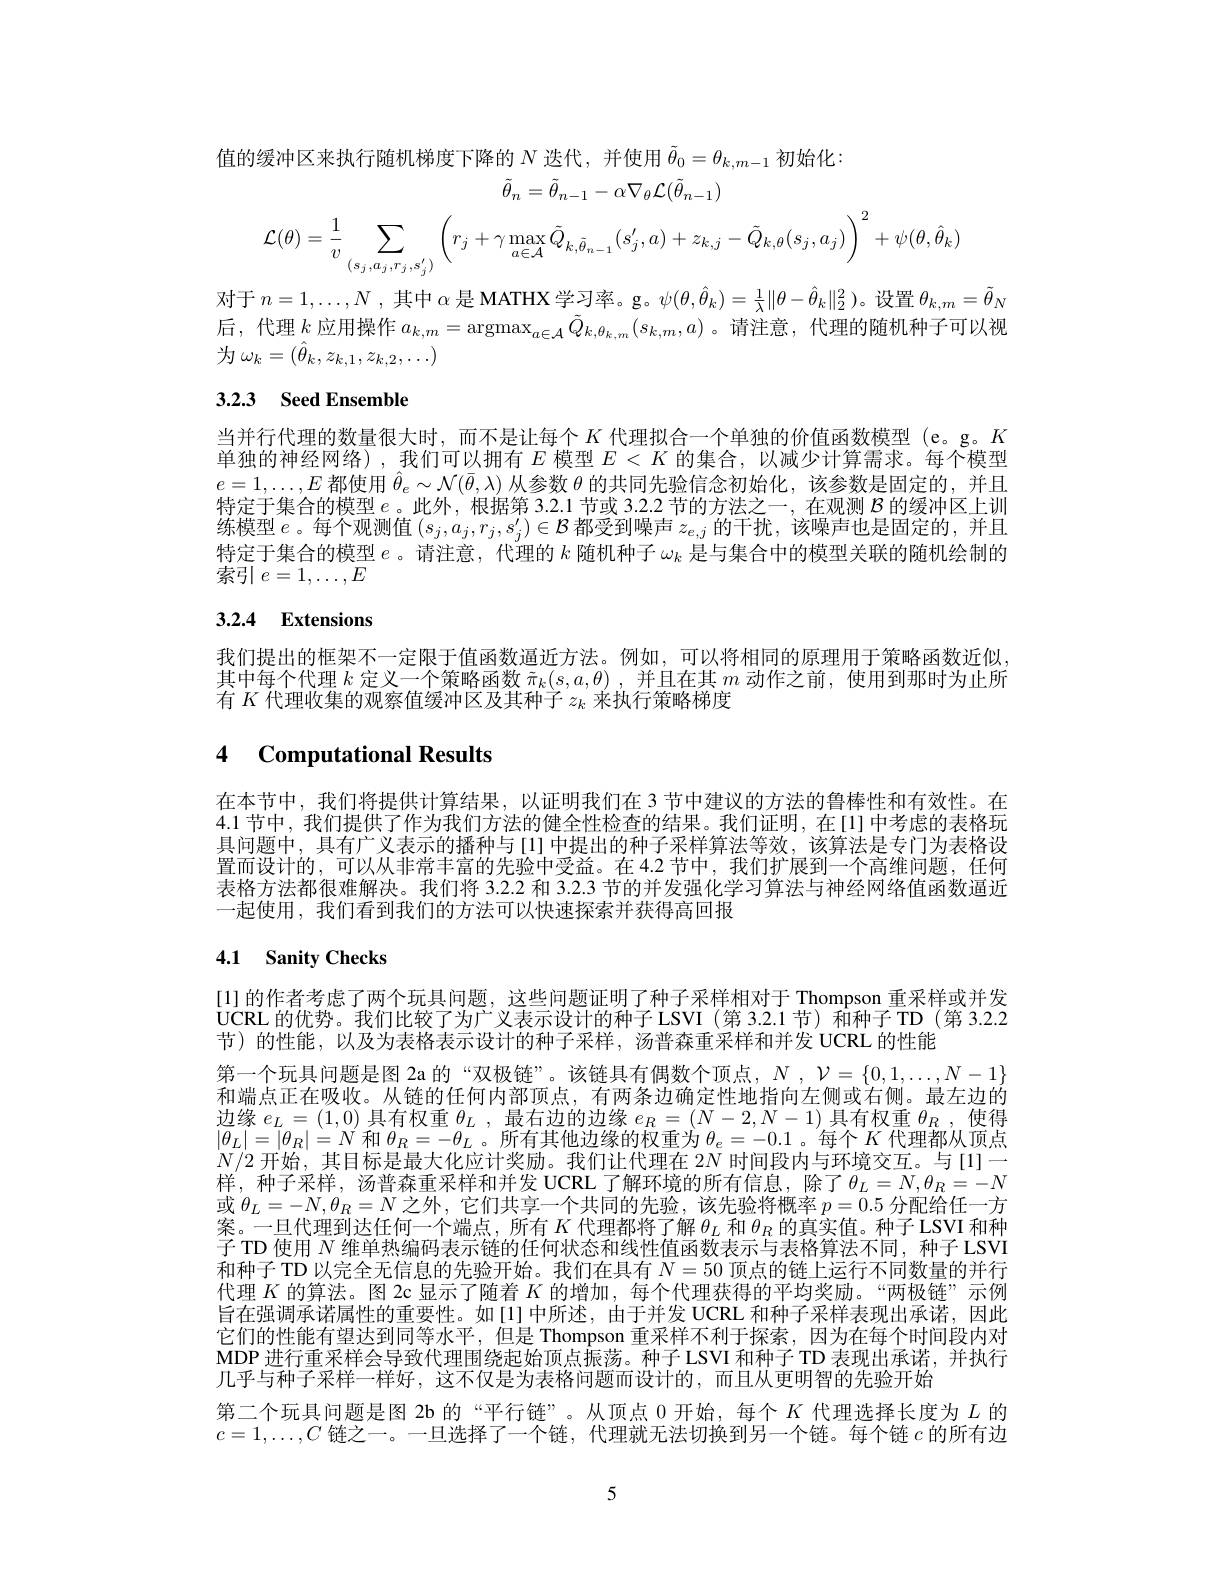
值的缓冲区来执行随机梯度下降的$N$迭代，并使用$\tilde{\theta}_0=\theta_{k,m-1}$初始化
$\tilde{\theta}_n=\tilde{\theta}_{n-1}-\alpha\nabla_\theta{\mathcal L}(\tilde{\theta}_{n-1})$
$$\mathcal{L}(\theta)=\frac{1}{v}\sum_{(s_{j},a_{j},r_{j},s_{j}^{\prime})}\left(r_{j}+\gamma\max_{a\in\mathcal{A}}\tilde{Q}_{k,\tilde{\theta}_{n-1}}(s_{j}^{\prime},a)+z_{k,j}-\tilde{Q}_{k,\theta}(s_{j},a_{j})\right)^{2}+\psi(\theta,\hat{\theta}_{k})$$
对于$n=1,\ldots,N$ ,其中$\alpha$是 MATHX 学习率。g。$\psi(\theta,\hat{\theta}_k)=\frac1\lambda\|\theta-\hat{\theta}_k\|_2^2$)。设置$\theta_k,m=\tilde{\theta}_N$ 后，代理$k$应用操作$a_{k,m}=\operatorname{argmax}_{a\in\mathcal{A}}\tilde{Q}_{k,\theta_{k,m}}(s_{k,m},a)$ 。请注意，代理的随机种子可以视为$\omega_k=(\hat{\theta}_k,z_{k,1},z_{k,2},\ldots)$

# 3.2.3 Seed Ensemble

当并行代理的数量很大时，而不是让每个$K$代理拟合一个单独的价值函数模型 (e。g。$K$ 单独的神经网络),我们可以拥有$E$模型$E<K$的集合，以减少计算需求。每个模型$e=1,\ldots,E$都使用$\hat{\theta}_e\sim\mathcal{N}(\bar{\theta},\lambda)$从参数$\theta$的共同先验信念初始化，该参数是固定的，并且特定于集合的模型$e$ 。此外，根据第 3.2.1 节或 3.2.2 节的方法之一 ,在观测$\mathcal{B}$的缓冲区上训练模型$e$。每个观测值$(s_j,a_j,r_j,s_j^{\prime})\in\mathcal{B}$都受到噪声$z_e,j$的干扰，该噪声也是固定的，并且特定于集合的模型$e$ 。请注意，代理的$k$随机种子$\omega_k$是与集合中的模型关联的随机绘制的索引$e=1,\ldots,E$

# 3.2.4 Extensions

我们提出的框架不一定限于值函数逼近方法。例如，可以将相同的原理用于策略函数近似其中每个代理$k$定义一个策略函数$\tilde{\pi}_k(s,a,\theta)$ ,并且在其$m$动作之前，使用到那时为止所有$K$代理收集的观察值缓冲区及其种子$z_k$来执行策略梯度

## 4 Computational Results

在本节中，我们将提供计算结果，以证明我们在 3 节中建议的方法的鲁棒性和有效性。在4.1 节中，我们提供了作为我们方法的健全性检查的结果。我们证明，在[1]中考虑的表格玩具问题中，具有广义表示的播种与[1] 中提出的种子采样算法等效，该算法是专门为表格设置而设计的，可以从非常丰富的先验中受益。在 4.2 节中，我们扩展到一个高维问题，任何表格方法都很难解决。我们将 3.2.2 和 3.2.3 节的并发强化学习算法与神经网络值函数逼近一起便用，我们看到我们的方法可以快速探索并获得高回报

## 4.1 Sanity Checks

[1]的作者考虑了两个玩具问题，这些问题证明了种子采样相对于 Thompson 重采样或并发UCRL 的优势。我们比较了为广义表示设计的种子LSVI(第 3.2.1节)和种子TD(第 3.2.2节)的性能，以及为表格表示设计的种子采样，汤普森重采样和并发 UCRL 的性能
第一个玩具问题是图 2a 的“双极链”。该链具有偶数个顶点，$N,\mathcal{V}=\{0,1,\ldots,N-1\}$ 和端点正在吸收。从链的任何内部顶点，有两条边确定性地指向左侧或右侧。最左边的边缘$e_L=(1,0)$具有权重$\theta_L$ ,最右边的边缘$e_R=(N-2,N-1)$具有权重$\theta_R$,使得$|\theta_L|=|\theta_R|=N$和$\theta_R=-\theta_L$ 。所有其他边缘的权重为$\theta_e=-0.1$ 。每个$K$代理都从顶点$N/2$开始，其目标是最大化应计奖励。我们让代理在 2$N$时间段内与环境交互。与[1]一样，种子采样，汤普森重采样和并发 UCRL 了解环境的所有信息，除了$\theta_L=N,\theta_R=-N$ 或$\theta_L=-N,\theta_R=N$之外，它们共享一个共同的先验，该先验将概率$p=0.5$分配给任一方案。一旦代理到达任何一个端点，所有$K$代理都将了解$\theta_L$和$\theta_R$的真实值。种子 LSVI 和种子 TD 使用$N$维单热编码表示链的任何状态和线性值函数表示与表格算法不同，种子LSVI 和种子 TD 以完全无信息的先验开始。我们在具有$N=50$顶点的链上运行不同数量的并行代理$K$的算法。图 2c 显示了随着$K$的增加，每个代理获得的平均奖励。“两极链”示例旨在强调承诺属性的重要性。如[1]中所述，由于并发 UCRL 和种子采样表现出承诺，因此它们的性能有望达到同等水平，但是 Thompson 重采样不利于探索，因为在每个时间段内对MDP 进行重采样会导致代理围绕起始顶点振荡。种子 LSVI 和种子 TD 表现出承诺，并执行几乎与种子采样一样好，这不仅是为表格问题而设计的，而且从更明智的先验开始
第二个玩具问题是图 2b 的“平行链”。从顶点0开始，每个$K$代理选择长度为$L$的$c=1,\ldots,C$ 链之一。一旦选择了一个链，代理就无法切换到另一个链。每个链$c$ 的所有边

5